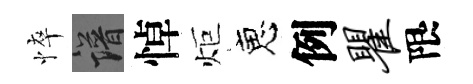
悴譜悼炬恵例瞿限